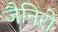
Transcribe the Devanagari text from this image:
जैनिरो